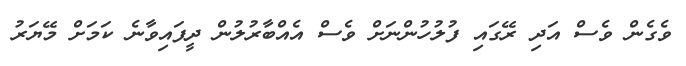
ވެގެން ވެސް އަދި ރޭގައި ފުލުހުންނަށް ވެސް އެއްބާރުލުން ދީފައިވާނެ ކަމަށް މޭޔަރު